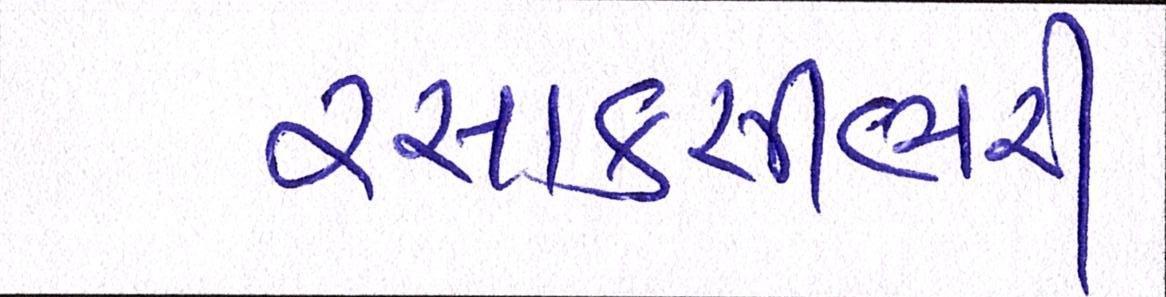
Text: રસાકસીભરી